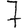
Digit: 7